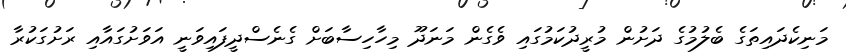
މަނިކެދައިތަގެ ބެލުމުގެ ދަށުން މުރީދުކަމުގައި ވެގެން މަނަދޫ މިހާހިސާބަށް ގެނެސްދީފައިވަނީ އަވަށުގައާއި ރަށުގަކުރާ